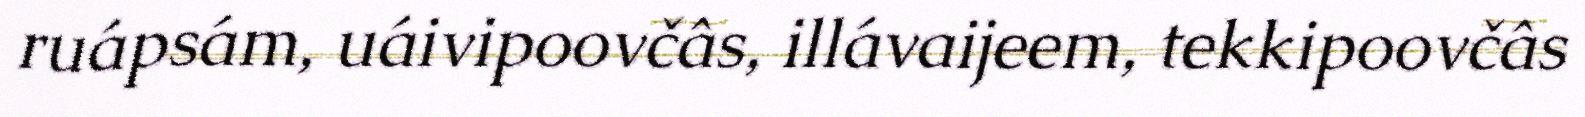
ruápsám, uáivipoovčâs, illávaijeem, tekkipoovčâs